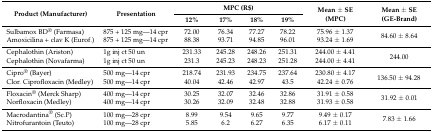
| <ROWSPAN=2> Product (Manufacturer) | <ROWSPAN=2> Presentation | <COLSPAN=4> MPC (R$) | <ROWSPAN=2> Mean ± SE (MPC) | <ROWSPAN=2> Mean ± SE (GE-Brand) |
 | 12% | 17% | 18% | 19% |
 | --- | --- | --- | --- | --- | --- | --- | --- |
 | Sulbamox BD® (Farmasa) | 875 + 125 mg—14 cpr | 72.00 | 76.34 | 77.27 | 78.22 | 75.96 ± 1.37 | <ROWSPAN=2> 84.60 ± 8.64 |
 | Amoxicilina + clav K (Eurof.) | 875 + 125 mg—14 cpr | 88.38 | 93.71 | 94.85 | 96.01 | 93.24 ± 1.69 |
 | Cephalothin (Ariston) | 1g inj ct 50 un | 231.33 | 245.28 | 248.26 | 251.31 | 244.00 ± 4.41 | <ROWSPAN=2> 244.00 |
 | Cephalothin (Novafarma) | 1g inj ct 50 un | 231.3 | 245.23 | 248.23 | 251.28 | 244.00 ± 4.41 |
 | Cipro® (Bayer) | 500 mg—14 cpr | 218.74 | 231.93 | 234.75 | 237.64 | 230.80 ± 4.17 | <ROWSPAN=2> 136.50 ± 94.28 |
 | Clor. Ciprofloxacin (Medley) | 500 mg—14 cpr | 40.04 | 42.46 | 42.97 | 43.5 | 42.24 ± 0.76 |
 | Floxacin® (Merck Sharp) | 400 mg—14 cpr | 30.25 | 32.07 | 32.46 | 32.86 | 31.91 ± 0.58 | <ROWSPAN=2> 31.92 ± 0.01 |
 | Norfloxacin (Medley) | 400 mg—14 cpr | 30.26 | 32.09 | 32.48 | 32.88 | 31.93 ± 0.58 |
 | Macrodantina® (Sc.P) | 100 mg—28 cpr | 8.99 | 9.54 | 9.65 | 9.77 | 9.49 ± 0.17 | <ROWSPAN=2> 7.83 ± 1.66 |
 | Nitrofurantoin (Teuto) | 100 mg—28 cpr | 5.85 | 6.2 | 6.27 | 6.35 | 6.17 ± 0.11 |